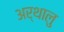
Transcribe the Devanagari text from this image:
अर्थालु